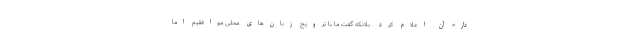
دار» آن اعلام کرد. بلانکه گفت ما با ترویج زبان‌های محلی موافقیم اما